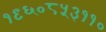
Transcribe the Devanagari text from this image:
१९६०८५३११०